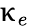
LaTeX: \upkappa_{e}